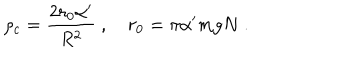
\rho _ { c } = { \frac { 2 r _ { 0 } \alpha ^ { \prime } } { R ^ { 2 } } } \ , \quad r _ { 0 } = \pi \alpha ^ { \prime } m g N \ .